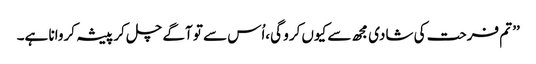
’’ تم فرحت کی شادی مجھ سے کیوں کرو گی،اُس سے تو آگے چل کر پیشہ کروانا ہے۔